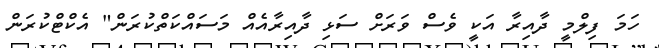
ހަމަ ފިލްމީ ދާއިރާ އަކީ ވެސް ވަރަށް ސަޅި ދާއިރާއެއް މަސައްކަތްކުރަން" އެކްޓްކުރަން